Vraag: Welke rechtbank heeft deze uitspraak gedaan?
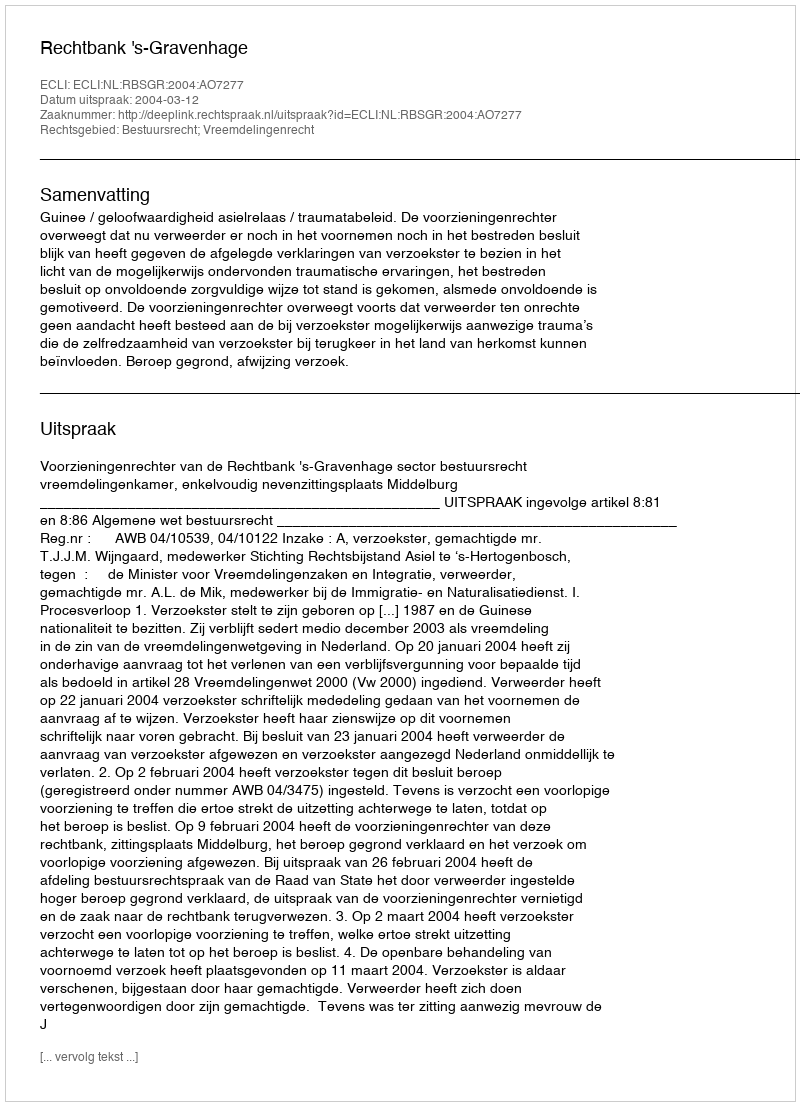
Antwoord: Rechtbank 's-Gravenhage